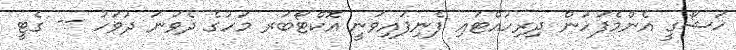
ޚަޝޯގީ އެންމެފަހުން ދިރިހުއްޓައި ފެނިފައިވަނީ އޮކްޓޯބަރ މަހުގެ ދެވަނަ ދުވަހު -- ގެޓީ